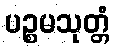
ပဉ္စမသုတ္တံ